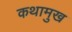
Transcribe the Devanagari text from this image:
कथामुख